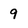
Character: 9